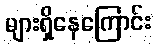
များရှိနေကြောင်း